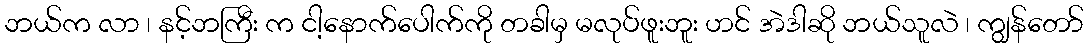
ဘယ်က လာ ၊ နင့်ဘကြီး က ငါ့နောက်ပေါက်ကို တခါမှ မလုပ်ဖူးဘူး ဟင် အဲဒါဆို ဘယ်သူလဲ ၊ ကျွန်တော်